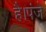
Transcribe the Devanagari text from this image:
है।पंजे